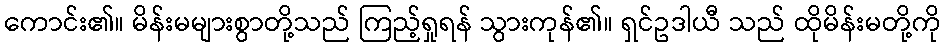
ကောင်း၏။ မိန်းမများစွာတို့သည် ကြည့်ရှုရန် သွားကုန်၏။ ရှင်ဥဒါယီ သည် ထိုမိန်းမတို့ကို